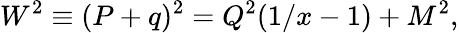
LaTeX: W^{2}\equiv(P+q)^{2}=Q^{2}(1/x-1)+M^{2},